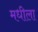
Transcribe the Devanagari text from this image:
मधीला